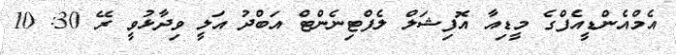
އެމްއެންޑީއެފްގެ މީޑިއާ އޮފިޝަލް ލެފްޓިނެންޓް އަބްދު އަލީ ވިދާޅުވީ ރޭ 30: 10